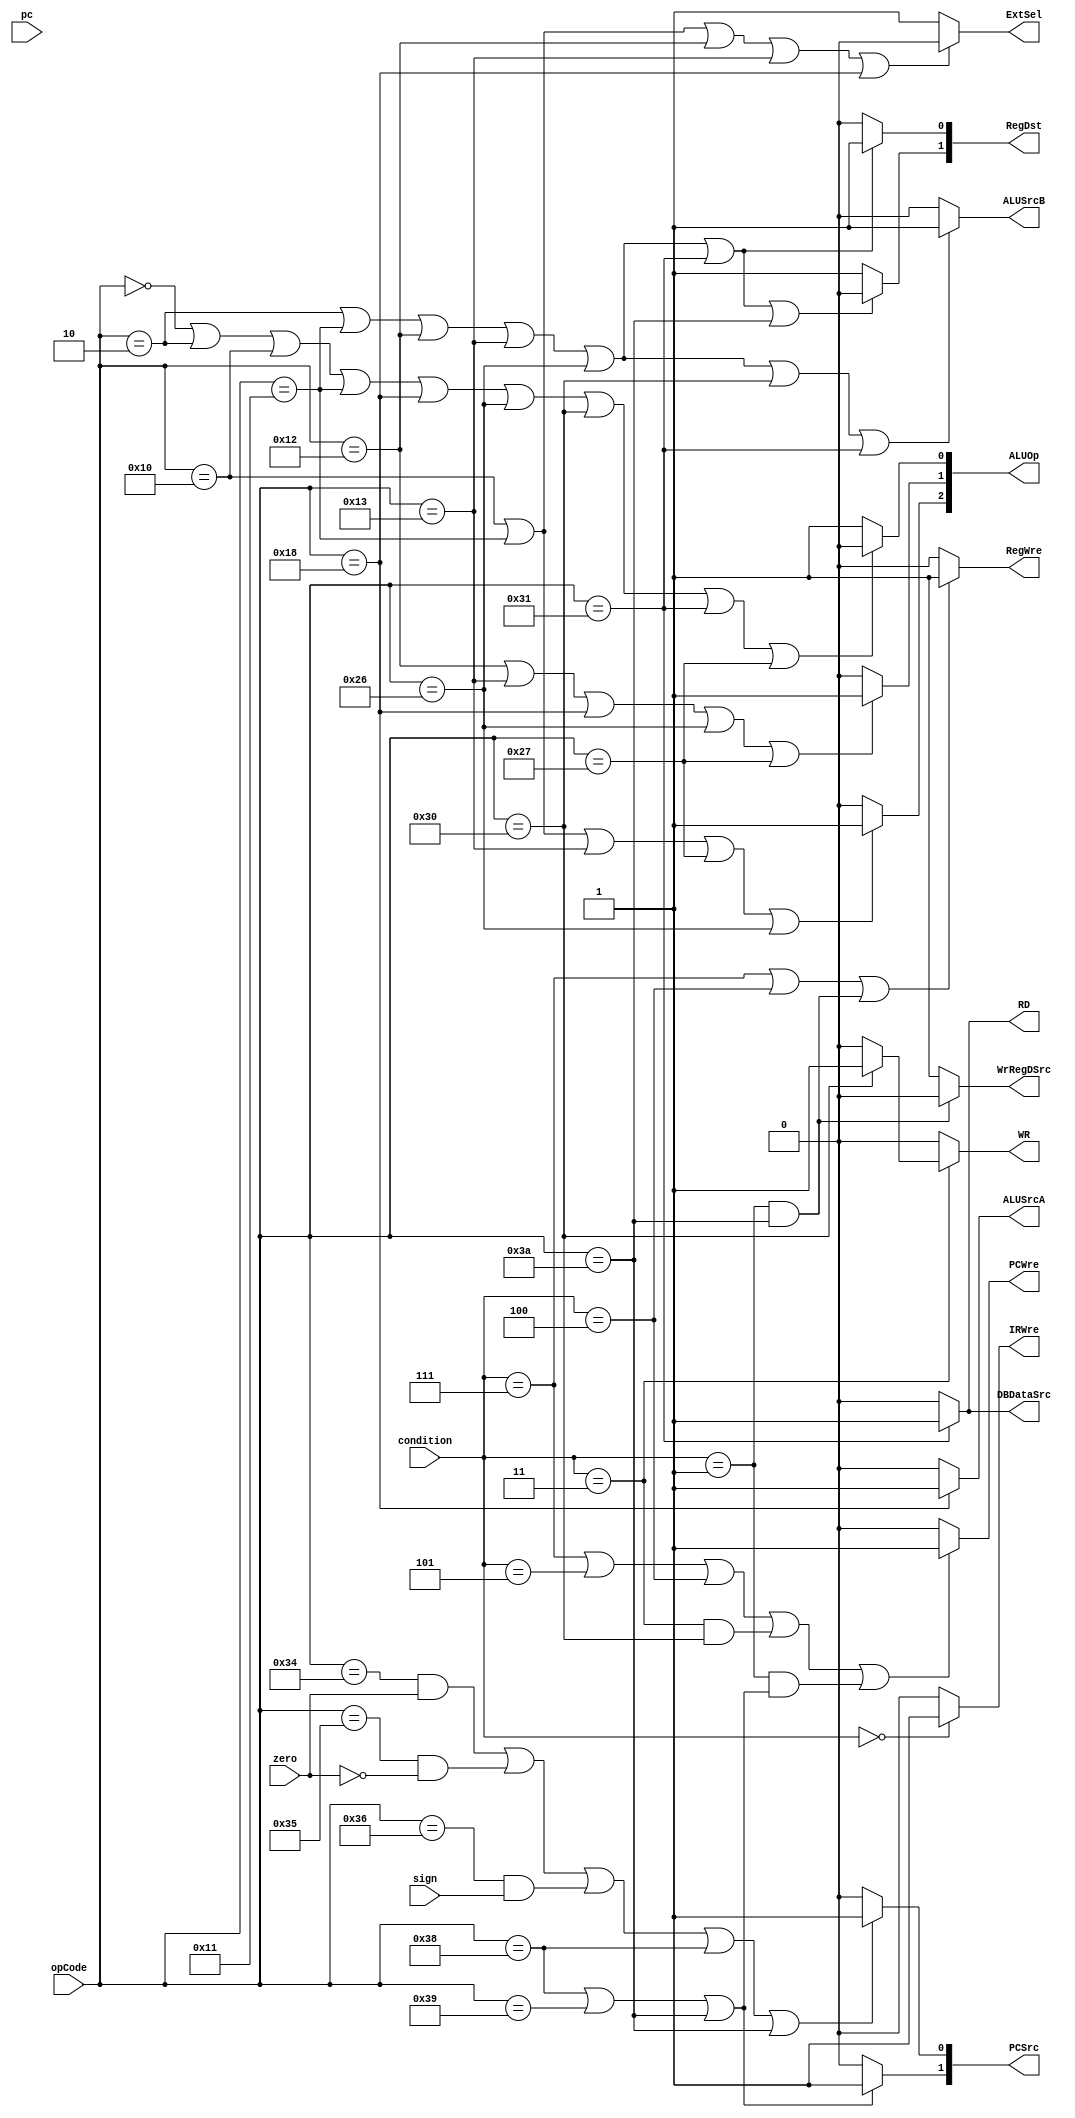
`timescale 1ns / 1ps
//////////////////////////////////////////////////////////////////////////////////
// Company: 
// Engineer: 
// 
// Design Name: 
// Module Name: ControlUnit
// Project Name: 
// Target Devices: 
// Tool Versions: 
// Description: 
// 
// Dependencies: 
// 
// Revision:
// Revision 0.01 - File Created
// Additional Comments:
// 
//////////////////////////////////////////////////////////////////////////////////


module ControlUnit(pc,condition, opCode, zero, sign, PCWre, IRWre, ALUSrcA, ALUSrcB, DBDataSrc, RegWre, RD, WR, ExtSel, PCSrc, RegDst, ALUOp, WrRegDSrc);  
     input [31:0] pc;
     input [5:0] opCode; 
     input [2:0] condition; 
     input zero, sign;  
     output reg PCWre, IRWre, ALUSrcA, ALUSrcB, DBDataSrc, RegWre, RD, WR, ExtSel, WrRegDSrc;
     output reg [1:0] PCSrc, RegDst;  
     output reg [2:0] ALUOp;  
     
     always@(condition or opCode or  zero or  sign or pc) begin
        IRWre = (condition == 3'b000) ? 1 : 0; 
//        PCWre = (condition == 3'b000) ? (opCode != 6'b111111 ? 1 :0 ) : 0;
        PCWre = (condition==3'b111 || condition==3'b101 ||condition==3'b100 ||(condition==3'b011&&opCode==6'b110000)||(condition==3'b001&&(opCode == 6'b111000 || opCode == 6'b111001 || opCode == 6'b111010)))?1:0;
        RD = opCode == 6'b110001 ? 1 : 0;
        WR = (condition == 3'b011) ? (opCode == 6'b110000 ? 1 : 0) : 0;
        RegWre = (condition == 3'b111||condition == 3'b100||(condition==001 && opCode == 6'b111010)) ? 1 : 0;
        ALUSrcA = (opCode == 6'b011000) ? 1 : 0;
        ALUSrcB = (opCode == 6'b000010 || opCode == 6'b010001 || opCode == 6'b010010 || opCode == 6'b010011 || opCode == 6'b100110 || opCode == 6'b110000 || opCode == 6'b110001) ? 1 : 0;  
        DBDataSrc = (opCode == 6'b110001) ? 1 : 0; 
        WrRegDSrc = (opCode == 6'b111010 && condition==001 ) ? 0 : 1;     
        ExtSel = (opCode == 6'b010000 || opCode == 6'b010001 || opCode == 6'b010010 || opCode == 6'b010011 || opCode == 6'b011000) ? 0 : 1;  
        PCSrc[1] = (opCode == 6'b111000 || opCode == 6'b111001 || opCode == 6'b111010) ? 1 : 0;
        PCSrc[0] = ((opCode == 6'b110100 && zero == 1) || (opCode == 6'b110101 && zero == 0) || (opCode == 6'b110110 && sign==1) || opCode == 6'b111000 || opCode == 6'b111010) ? 1 : 0;  
        RegDst[1] = (opCode == 6'b000010 || opCode == 6'b010001 || opCode == 6'b010010 || opCode == 6'b010011 ||opCode == 6'b100110 || opCode ==6'b110001|| opCode ==6'b111010) ? 0 : 1;  
        RegDst[0] = (opCode == 6'b000010 || opCode == 6'b010001 || opCode == 6'b010010 || opCode == 6'b010011 ||opCode == 6'b100110 || opCode ==6'b110001) ? 1 : 0;
        ALUOp[2] = (opCode == 6'b010000 || opCode == 6'b010001 || opCode == 6'b010011 || opCode == 6'b100111 || opCode == 6'b100110) ? 1 : 0;  
        ALUOp[1] = (opCode == 6'b010010 || opCode == 6'b010011 || opCode == 6'b011000|| opCode == 6'b100110|| opCode == 6'b100111) ? 1 : 0;  
        ALUOp[0] = (opCode == 6'b000000 || opCode == 6'b000010 || opCode == 6'b010000 || opCode == 6'b010001 || opCode == 6'b011000 || opCode == 6'b100110|| opCode == 6'b110000 || opCode == 6'b110001|| opCode == 6'b100111) ? 0 : 1;   
     end  
endmodule